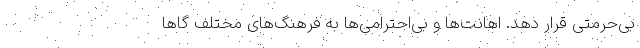
بی‌حرمتی قرار دهد. اهانت‌ها و بی‌احترامی‌ها به فرهنگ‌های مختلف گاها